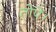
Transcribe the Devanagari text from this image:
तोपें।